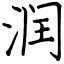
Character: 润